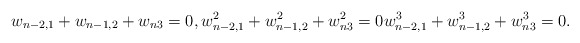
\begin{align*}w_{n-2,1}+w_{n-1,2}+w_{n3}=0,w_{n-2,1}^2+w_{n-1,2}^2+w_{n3}^2=0w_{n-2,1}^3+w_{n-1,2}^3+w_{n3}^3=0.\end{align*}